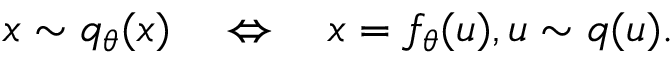
x \sim q _ { \theta } ( x ) \quad \Leftrightarrow \quad x = f _ { \theta } ( u ) , u \sim q ( u ) .